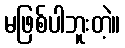
မဖြစ်ပါဘူးတဲ့။